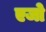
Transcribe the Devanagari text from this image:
एजो